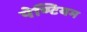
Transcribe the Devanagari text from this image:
पेण्टियम